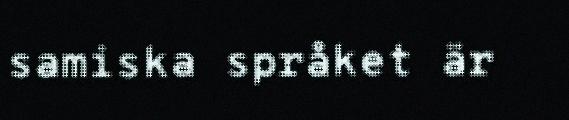
samiska språket är